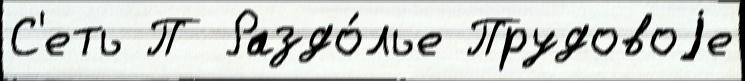
С'еть П Раздо́лье Прудовоjе